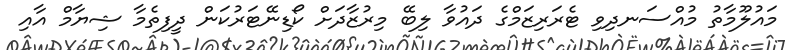
މައުލޫމާތު މުއްސަނދިވި ޓެރަރިޒަމްގެ ދައުވާ ލިބޭ މިރުޒާދަށް ކޯޑިނޭޓަރުކަން ދީފިތެމާ ޝިޔާމް އާއި